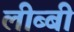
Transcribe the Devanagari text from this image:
लीब्बी